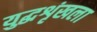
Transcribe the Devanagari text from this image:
युद्धशृंखला